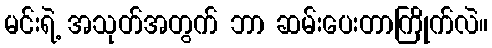
မင်းရဲ့ အသုတ်အတွက် ဘာ ဆမ်းပေးတာကြိုက်လဲ။